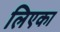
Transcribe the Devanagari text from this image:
लिएका